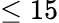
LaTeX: \le 15